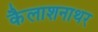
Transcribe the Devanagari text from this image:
कैलाशनाथर